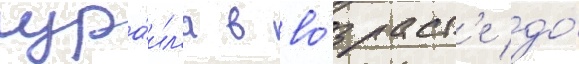
изра́ил'я в во́зраст'е до́